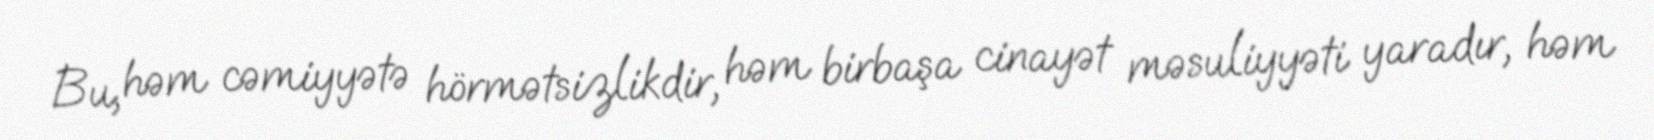
Bu, həm cəmiyyətə hörmətsizlikdir, həm birbaşa cinayət məsuliyyəti yaradır, həm